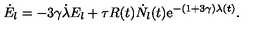
\dot { E } _ { l } = - 3 \gamma \dot { \lambda } E _ { l } + \tau R ( t ) \dot { N } _ { l } ( t ) \mathrm { e } ^ { - ( 1 + 3 \gamma ) \lambda ( t ) } .